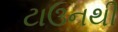
ટાઉનથી